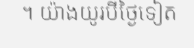
។ យ៉ាងយូរបីថ្ងៃទៀត